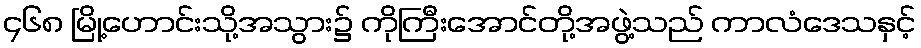
၄၆၈ မြို့ဟောင်းသို့အသွား၌ ကိုကြီးအောင်တို့အဖွဲ့သည် ကာလံဒေသနှင့်